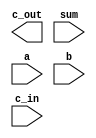
module gen_FA(c_out, sum, a, b, c_in);

    parameter               width = 0;		
    
    input [width-1:0]		a, b, sum;
    input                   c_in; //declare inputs a, b and c_in, 1 bit each
    output	                c_out; //declare outputs c_out and sum, 1 bit each
    
    wire [width:0]          c; // wire for c_in/out
    wire [width-1:0]        d; // wire for sum
        
    genvar i;
    generate
    for (i=0; i<width; i=i+1) begin: FA_gen
        FA_str addyWaddy(c[i+1], d[i], a[i], b[i], c[i]);
        end
    endgenerate
    
    assign sum = d;
    assign c_out = c[width-1];
    assign c[0] = c_in;

endmodule